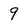
Character: 9